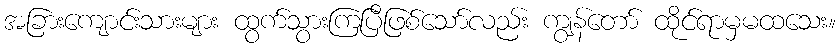
အခြားကျောင်းသားများ ထွက်သွားကြပြီဖြစ်သော်လည်း ကျွန်တော် ထိုင်ရာမှမထသေး။